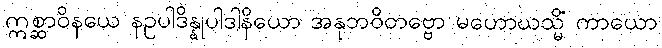
ဣစ္ဆာဝိနယေ နဥပါဒိန္နုပါဒါနိယော အနုဘဝိတဗ္ဗော မဟောဃသ္မိံ ကာယော